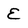
Character: E